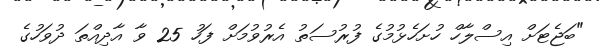
"ބަޖެޓަށް އިސްލާހް ހުށަހެޅުމުގެ ފުރުސަތު އެރުވުމަށް ފަހު 25 ވާ އާދިއްތަ ދުވަހުގެ